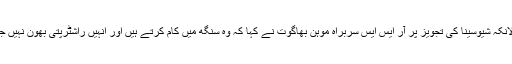
حالانکہ شیوسینا کی تجویز پر آر ایس ایس سربراہ موہن بھاگوت نے کہا کہ وہ سنگھ میں کام کرتے ہیں اور انہیں راشٹرپتی بھون نہیں جانا۔